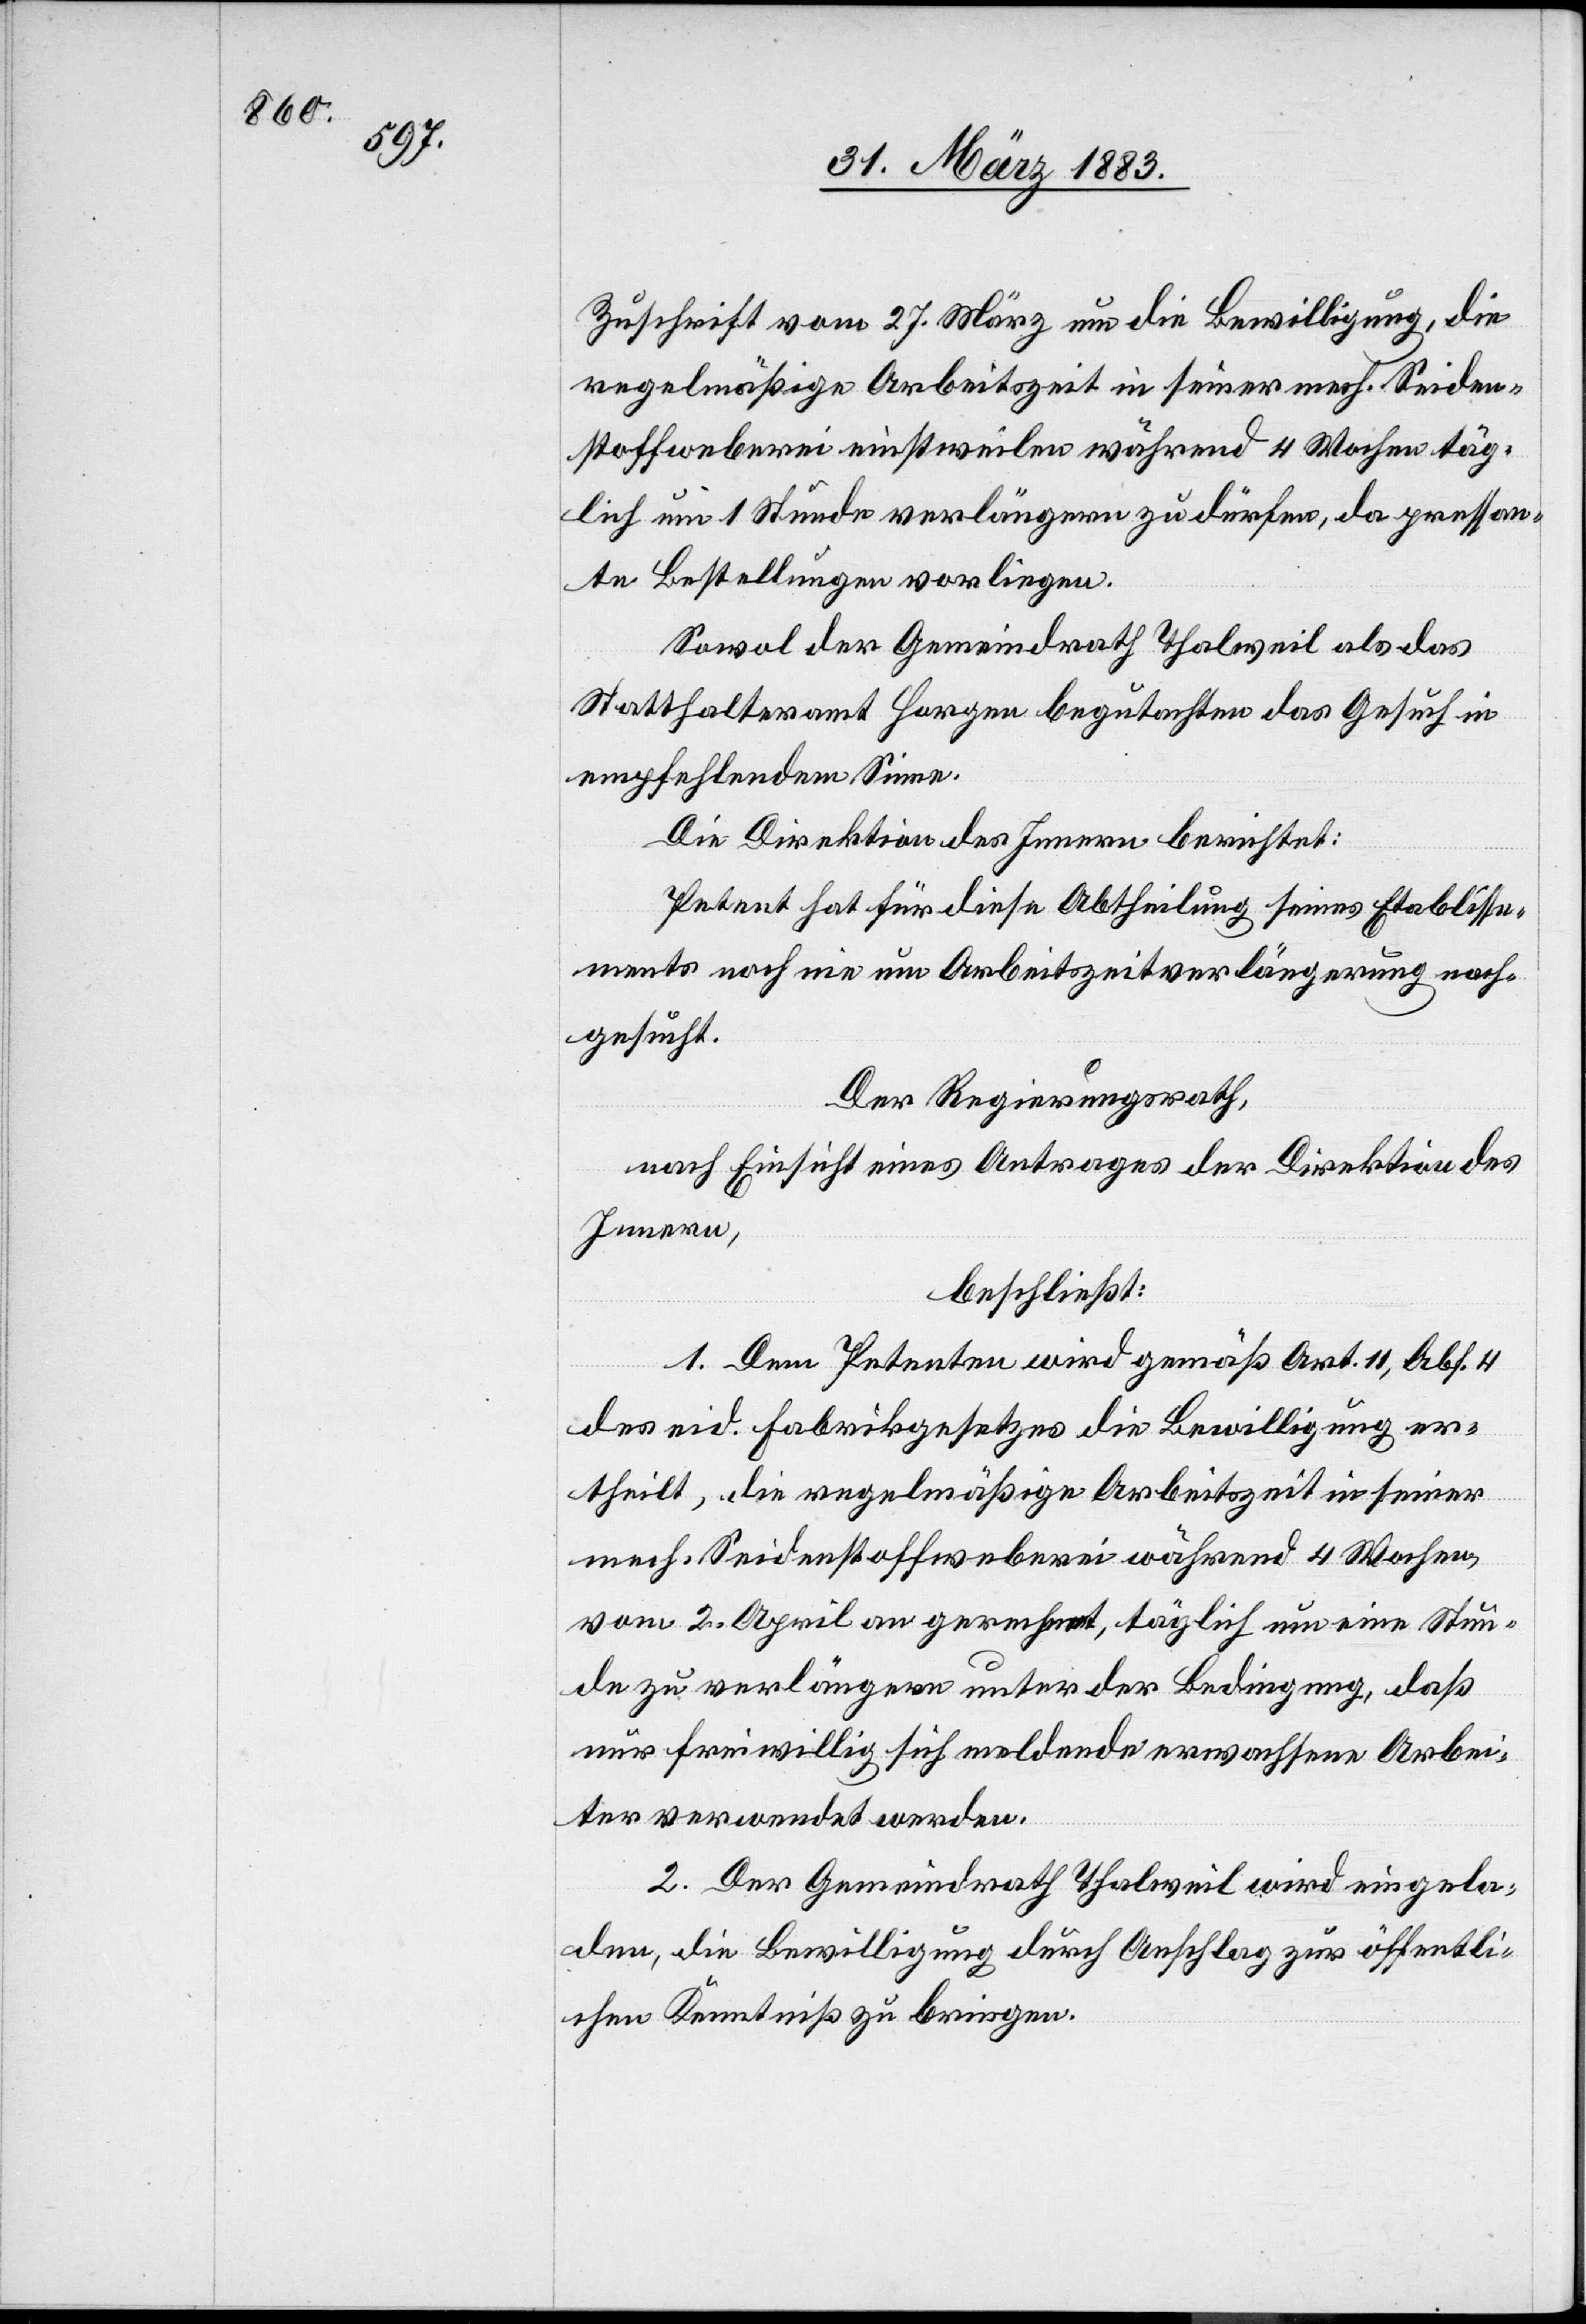
Zuschrift vom 27. März um die Bewilligung, die
regelmäßige Arbeitszeit in seiner mech. Seiden¬
stoffweberei einstweilen während 4 Wochen täg¬
lich um 1 Stunde verlängern zu dürfen, da pressan¬
te Bestellungen vorliegen.
Sowol der Gemeindrath Thalweil als das
Statthalteramt Horgen begutachten das Gesuch in
empfehlendem Sinne.
Die Direktion des Innern berichtet:
Petent hat für diese Abtheilung seines Etablisse¬
ments noch nie um Arbeitszeitverlängerung nach¬
gesucht.
Der Regierungsrath,
nach Einsicht eines Antrages der Direktion des
Innern,
beschließt:
1. Dem Petenten wird gemäß Art. 11., Abs. 4
des eid. Fabrikgesetzes die Bewilligung er¬
theilt, die regelmäßige Arbeitszeit in seiner
mech. Seidenstoffweberei während 4 Wochen,
vom 2. April an gerechnet, täglich um eine Stun¬
de zu verlängern unter der Bedingung, daß
nur freiwillig sich meldende erwachsene Arbei¬
ter verwendet werden.
2. Der Gemeindrath Thalweil wird eingela¬
den, die Bewilligung durch Anschlag zur öffentli¬
chen Kenntniß zu bringen.